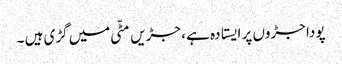
پودا جڑوں پر ایستادہ ہے ، جڑیں مٹّی میں گڑی ہیں ۔